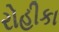
રોહીકા